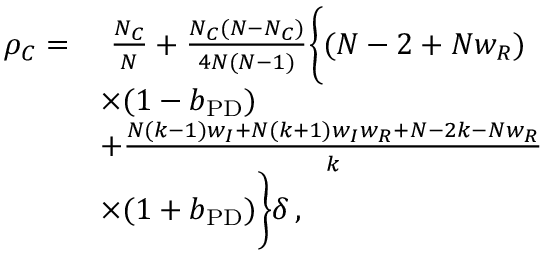
\begin{array} { r l } { \rho _ { C } = } & { ~ \frac { N _ { C } } { N } + \frac { N _ { C } ( N - N _ { C } ) } { 4 N ( N - 1 ) } \bigg \{ ( N - 2 + N w _ { R } ) } \\ & { \times ( 1 - b _ { \mathrm { P D } } ) } \\ & { + \frac { N ( k - 1 ) w _ { I } + N ( k + 1 ) w _ { I } w _ { R } + N - 2 k - N w _ { R } } { k } } \\ & { \times ( 1 + b _ { \mathrm { P D } } ) \bigg \} \delta \, , } \end{array}